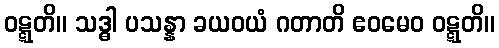
ဝဋ္ဋတိ။ သဒ္ဓါ ပသန္နာ ခယဝယံ ဂတာတိ ဧဝမေဝ ဝဋ္ဋတိ။